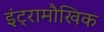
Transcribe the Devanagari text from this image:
इंट्रामौखिक